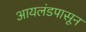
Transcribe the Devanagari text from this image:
आयलंडपासून